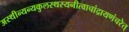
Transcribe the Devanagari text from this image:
अस्थीन्यन्यकुलस्थस्यनीत्वाचांद्रायणंचरेत्